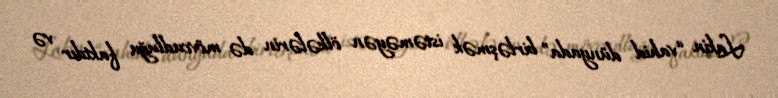
Lakin “vahid dünyada” birləşmək istəməyən ölkələrin də mövcudluğu faktdır və